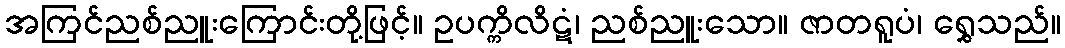
အကြင်ညစ်ညူးကြောင်းတို့ဖြင့်။ ဥပက္ကိလိဋံ၊ ညစ်ညူးသော။ ဇာတရူပံ၊ ရွှေသည်။